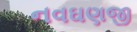
નવઘણજી